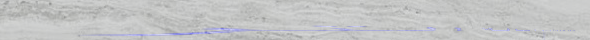
مطعم السلطاني: أصالة التر